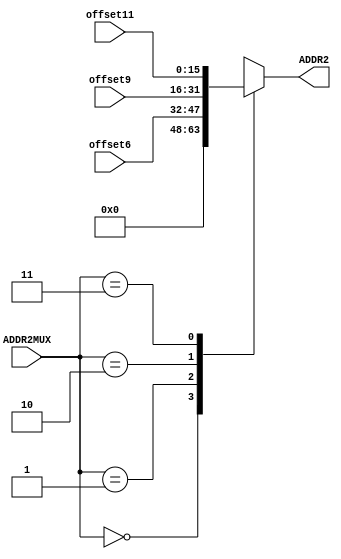
`timescale 1ns / 1ps
//////////////////////////////////////////////////////////////////////////////////
// Company: 
// Engineer: 
// 
// Design Name: 
// Module Name: ADDR2MUX
// Project Name: 
// Target Devices: 
// Tool Versions: 
// Description: 
// 
// Dependencies: 
// 
// Revision:
// Revision 0.01 - File Created
// Additional Comments:
// 
//////////////////////////////////////////////////////////////////////////////////


module ADDR2MUX(
    input [1:0] ADDR2MUX,
    input [15:0] offset6,
    input [15:0] offset9,
    input [15:0] offset11,
    output reg [15:0] ADDR2
    );

    always @(*) begin
        case(ADDR2MUX)
            2'b00: ADDR2 = 0;
            2'b01: ADDR2 = offset6;
            2'b10: ADDR2 = offset9;
            2'b11: ADDR2 = offset11;
            default: ADDR2 = 0;
        endcase
    end

endmodule